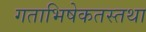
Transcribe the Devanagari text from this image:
गताभिषेकतस्तथा